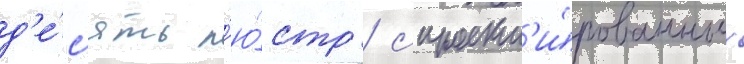
д'е́с'ять л'ю́стр / спроект'и́рованных